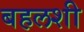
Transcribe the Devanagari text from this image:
बहलशी